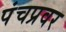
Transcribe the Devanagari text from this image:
पंचप्रवर